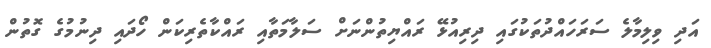
އަދި ވިލިމާލެ ސަރަހައްދުތަކުގައި ދިރިއުޅޭ ރައްޔިތުންނަށް ސަލާމަތާއި ރައްކާތެރިކަން ހޯދައި ދިނުމުގެ ގޮތުން